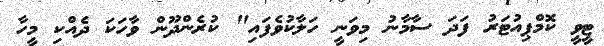
ޓީވީ ކޮމްޕިއުޓަރު ފަދަ ސާމާނު މިވަނީ ހަލާކުވެފައި" ކުރެންދޫން ވާހަކަ ދެއްކި މީހާ